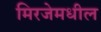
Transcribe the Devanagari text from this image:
मिरजेमधील